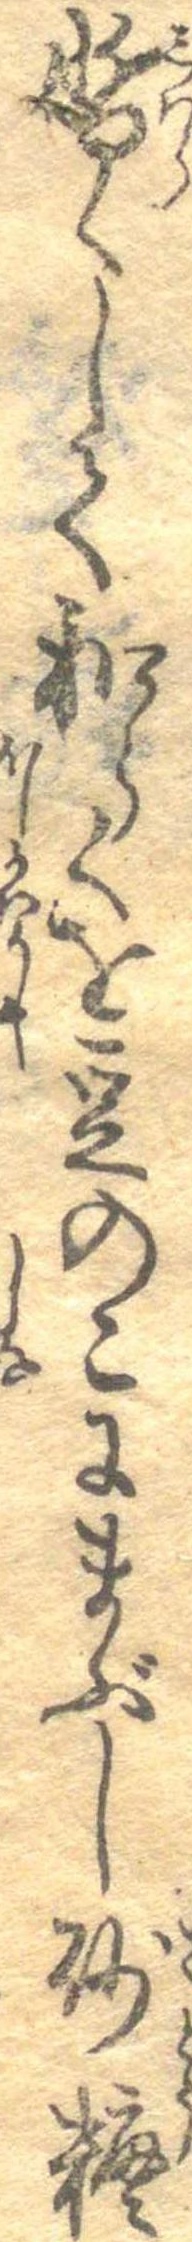
暫くして和らくを豆のこにまぶし砂糖